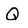
Character: Q